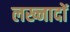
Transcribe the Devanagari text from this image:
लख्नादों